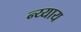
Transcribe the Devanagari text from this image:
न्य्याय